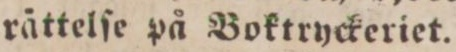
rättelſe på Boktryckeriet.